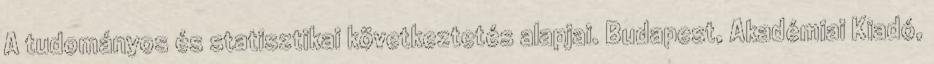
A tudományos és statisztikai következtetés alapjai. Budapest, Akadémiai Kiadó,